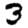
Digit: 3